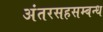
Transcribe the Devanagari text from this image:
अंतरसहसम्बन्ध